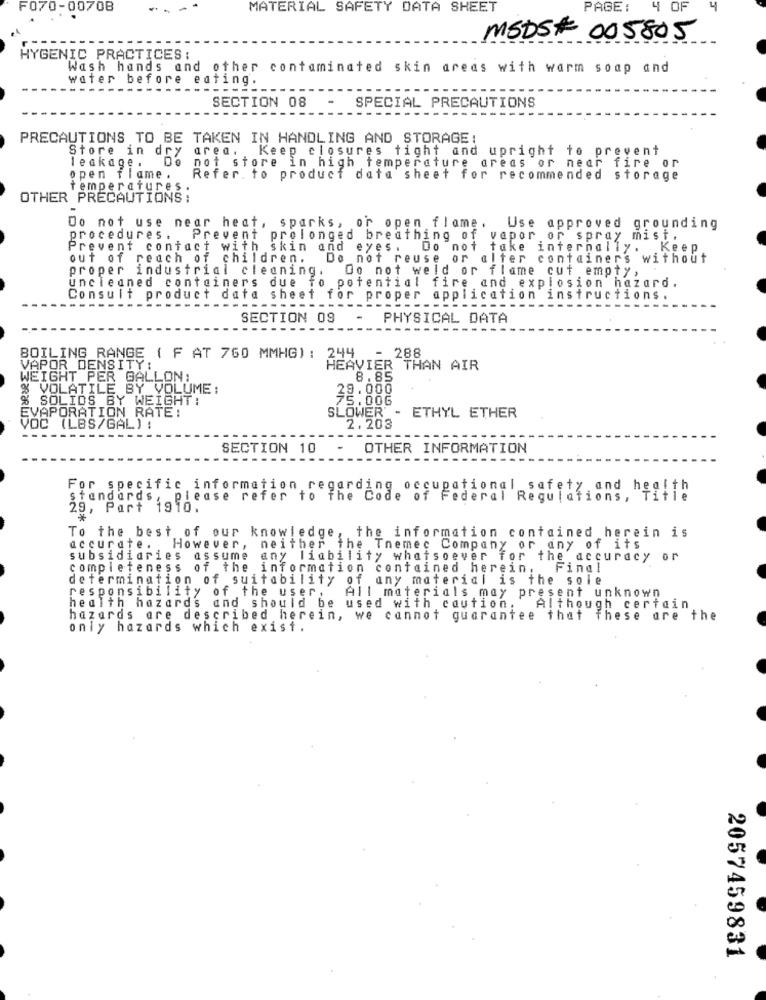
F070-00708
MATERIAL SAFETY DATA SHEET
PAGE:
4 OF
MSDS# 005805
HYGENIC PRACTICES:
Wash hands and other contaminated skin areas with warm soap and
water before eating.
SECTION 08
SPECIAL PRECAUTIONS
PRECAUTIONS TO BE TAKEN IN HANDLING AND STORAGE:
Store in dry area. Keep closures tight and upright to prevent
leakage .
Do not store in high temperature areas or near fire or
open flame .
Refer to product data sheet for recommended storage
temperatures .
OTHER PRECAUTIONS :
Do not use near heat, sparks, or open flame.
Use approved grounding
procedures . Prevent prolonged breathing of vapor or spray mist.
Prevent contact with skin and eyes .
Do not take internally. Keep.
out of reach of children.
Do not reuse or alter containers without
proper industrial cleaning.
Do not weld or flame cut empty,
uncleaned containers due to potential fire and explosion hazard.
Consult product data sheet for proper application instructions.
----
----------------------
--------
---
-----
SECTION 08
PHYSICAL DATA
BOILING RANGE ( F AT 760 MMHG) : 244
- 288
VAPOR DENSITY:
HEAVIER THAN AIR
WEIGHT PER GALLON:
8.85
% VOLATILE BY VOLUME:
29.000
% SOLIDS BY WEIGHT:
75.006
EVAPORATION RATE:
SLOWER -
ETHYL ETHER
VOC (LBS/GAL) :
2.203
SECTION 10
OTHER INFORMATION
For specific information regarding occupational safety and health
standards ,
please refer to The Code of Federal Regulations, Title
29, Part 1910.
To the best of our knowledge, the information contained herein is
accurate. However, neither the Themec Company or any of its
subsidiaries assume any liability whatsoever for the accuracy or
completeness of the information contained herein, Final
determination of suitability of any material is the sole
responsibility of the user,
All materials may present unknown
health hazards and should be used with caution, Although certain
hazards are described herein, we cannot guarantee that These are the
only hazards which exist.
2057459831